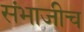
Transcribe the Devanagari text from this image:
संभाजीच